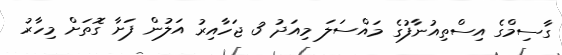
ގާސިމްގެ އިސްތިއުނާފުގެ މައްސަލަ މިއަދު 3 ޖަހާއިރު އަލުން ފަށާ ގޮތަށް މިހާރު